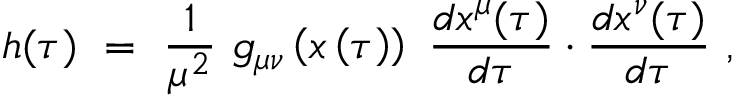
h ( \tau ) \ = \ \frac { 1 } { \mu ^ { 2 } } \ g _ { \mu \nu } \left( x \left( \tau \right) \right) \ \frac { d x ^ { \mu } ( \tau ) } { d \tau } \cdot \frac { d x ^ { \nu } ( \tau ) } { d \tau } \ ,